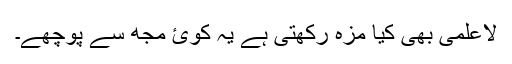
لاعلمی بھی کیا مزہ رکھتی ہے یہ کوئ مجھ سے پوچھے۔